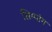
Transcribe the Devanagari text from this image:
सिम्पांग